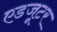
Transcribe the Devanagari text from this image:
एडजूटर